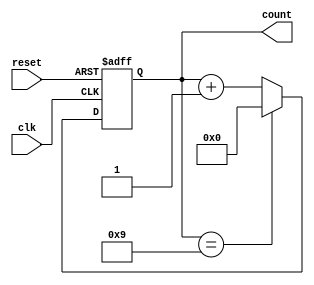
module bcd_asynchronous_counter (
    input wire clk,           // Clock input
    input wire reset,         // Asynchronous reset input
    output reg [3:0] count    // BCD output (D3, D2, D1, D0)
);

// Always block for asynchronous reset and counting
always @(posedge clk or posedge reset) begin
    if (reset) begin
        // Asynchronous reset: set count to 0
        count <= 4'b0000;
    end else begin
        // Count logic: Increment the count
        if (count == 4'b1001) begin
            // If count reaches 9, reset to 0 on next clock pulse
            count <= 4'b0000;
        end else begin
            // Increment the count
            count <= count + 1;
        end
    end
end

endmodule